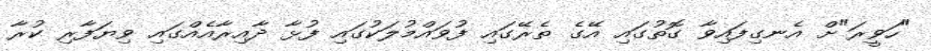
"ހަވީރަ"ށް އެނގިފައިވާ ގޮތުގައި އޭގެ ތެރޭގައި ފުވައްމުލަކުގައި ފުޅާ ދާއިރާއެއްގައި ވިޔަފާރި ކުރާ